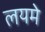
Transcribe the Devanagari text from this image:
लयमे